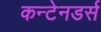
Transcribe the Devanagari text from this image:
कन्टेनडर्स